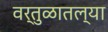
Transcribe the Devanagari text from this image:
वर्तुळातल्या